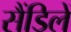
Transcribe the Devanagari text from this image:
सैंडिलें